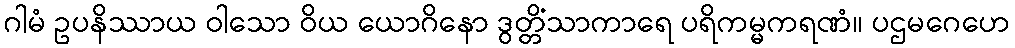
ဂါမံ ဥပနိဿာယ ဝါသော ဝိယ ယောဂိနော ဒွတ္တိံသာကာရေ ပရိကမ္မကရဏံ။ ပဌမဂေဟေ